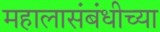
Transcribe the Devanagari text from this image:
महालासंबंधीच्या